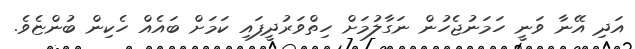
އަދި އޭނާ ވަނީ ހަމަނުޖެހުން ނަގާލުމަށް ހިތްވަރުދީފައި ކަމަށް ބައެއް ހެކިން ބުންޏެވެ.